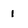
Character: 1